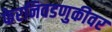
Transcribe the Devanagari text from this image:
फेरनिवडणुकीवर